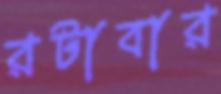
রটাবার